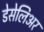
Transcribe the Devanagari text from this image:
डेसेलिअर